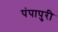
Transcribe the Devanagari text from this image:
पंपापुरी